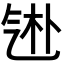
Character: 𬇑